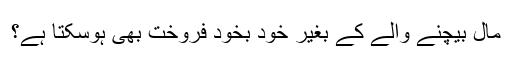
مال بیچنے والے کے بغیر خود بخود فروخت بھی ہوسکتا ہے؟